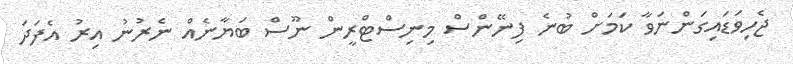
ޖެހިވަޑައިގަންނަވާ ކަމަށް ބުނެ ފިނޭންސް މިނިސްޓްރީން ނޫސް ބަޔާނެއް ނެރުނު އިރު އެފަދަ